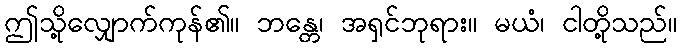
ဤသို့လျှောက်ကုန်၏။ ဘန္တေ၊ အရှင်ဘုရား။ မယံ၊ ငါတို့သည်။